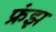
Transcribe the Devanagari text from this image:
फ्रंझ